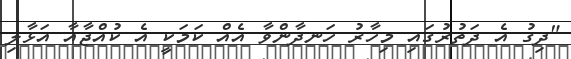
"ދިގު އެ ދަތުރުގައި މިހާރު ހަނދާންވާ އެއް ކަމަކީ އެ ކުއްޖާއާ އަޅާލި